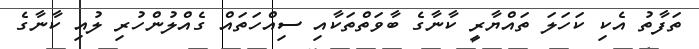
ތަފާތު އެކި ކަހަލަ ތައްޔާރީ ކާނާގެ ބާވަތްތަކާއި ސިއްހަތައް ގެއްލުންހުރި ލުއި ކާނާގެ